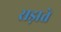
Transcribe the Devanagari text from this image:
सड़ाते